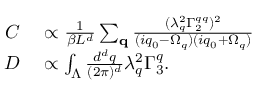
\begin{array} { r l } { C } & { { } \propto \frac { 1 } { \beta L ^ { d } } \sum _ { \mathbf { q } } \frac { ( \lambda _ { q } ^ { 2 } \Gamma _ { 2 } ^ { q q } ) ^ { 2 } } { ( i q _ { 0 } - \Omega _ { q } ) ( i q _ { 0 } + \Omega _ { q } ) } } \\ { D } & { { } \propto \int _ { \Lambda } \frac { d ^ { d } q } { ( 2 \pi ) ^ { d } } \lambda _ { q } ^ { 2 } \Gamma _ { 3 } ^ { q } . } \end{array}